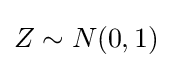
{\textstyle Z\sim N(0,1)}